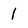
Character: 1